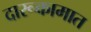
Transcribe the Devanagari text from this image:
दारूकामात